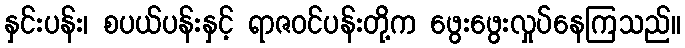
နှင်းပန်း၊ စပယ်ပန်းနှင့် ရာဇဝင်ပန်းတို့က ဖွေးဖွေးလှုပ်နေကြသည်။